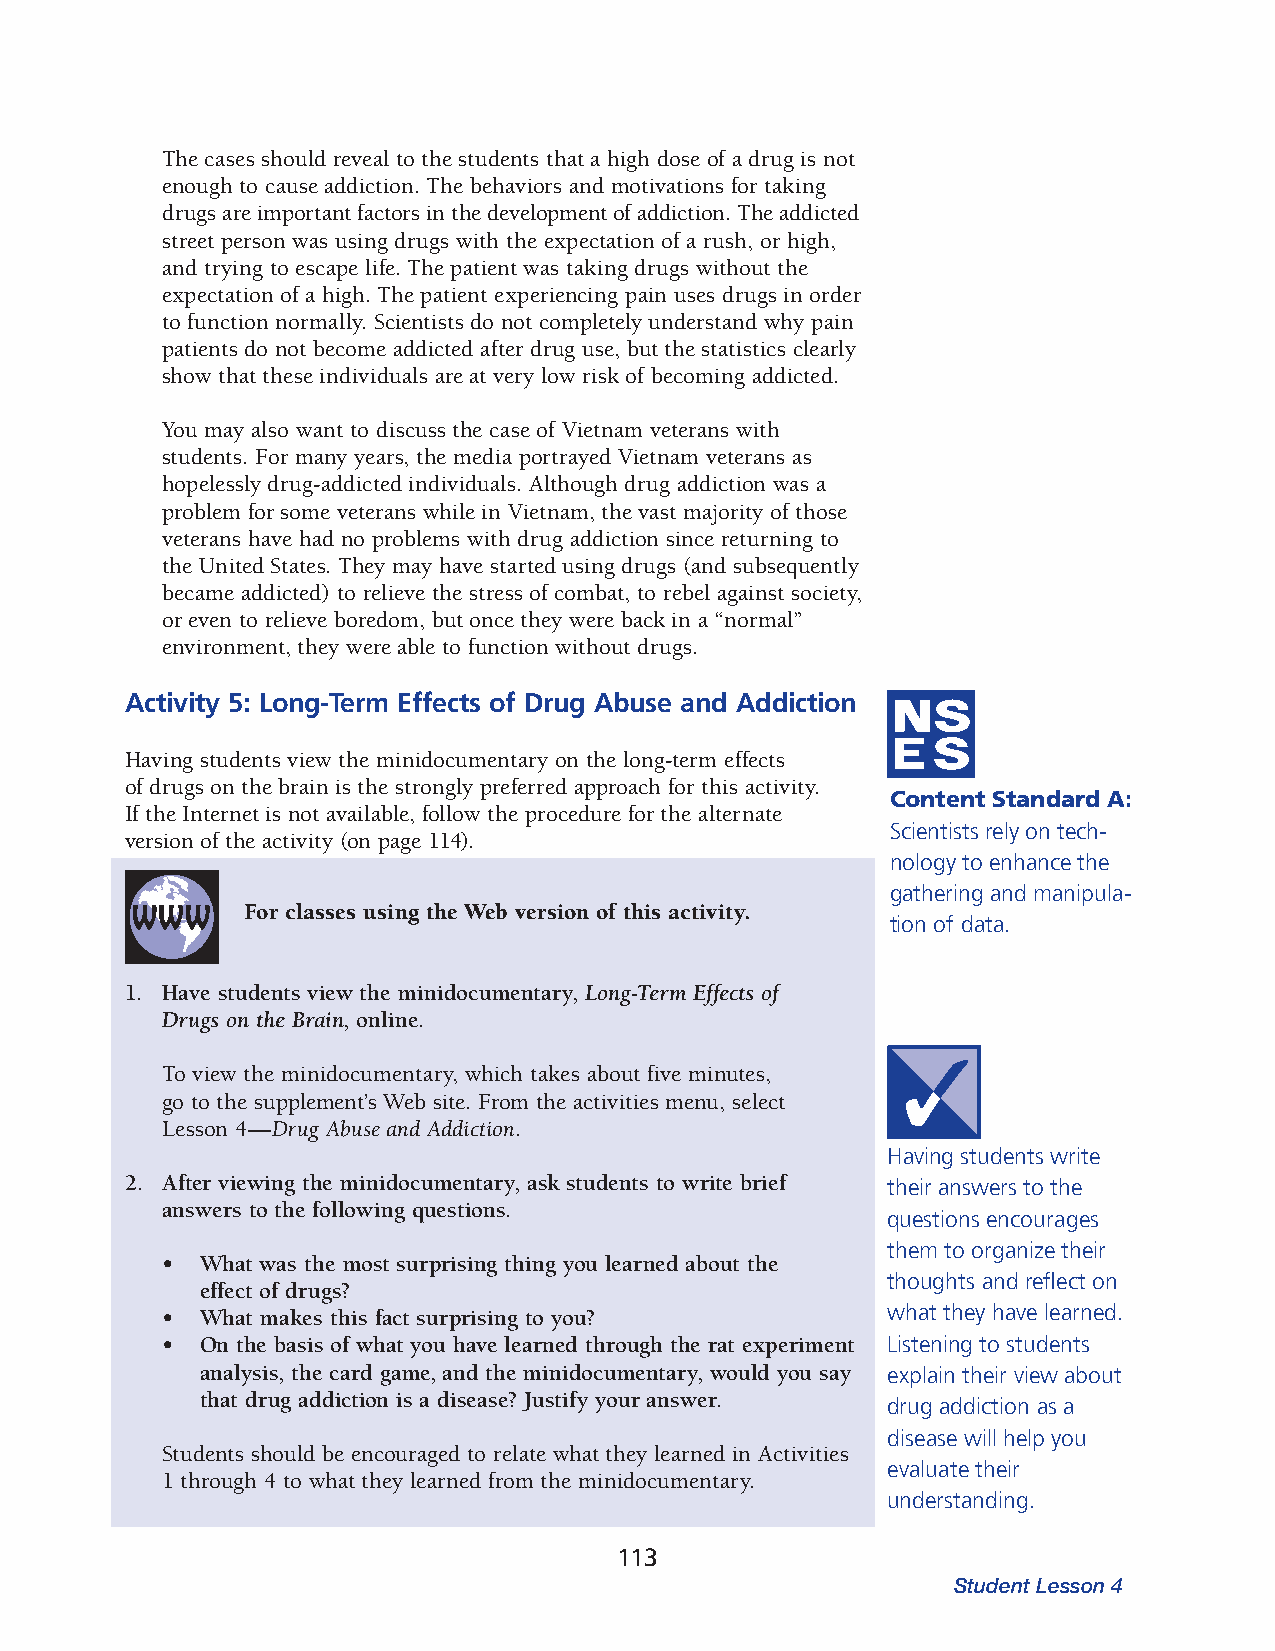
The cases should reveal to the students that a high dose of a drug is not
 enough to cause addiction. The behaviors and motivations for taking
 drugs are important factors in the development of addiction. The addicted
 street person was using drugs with the expectation of a rush, or high,
 and trying to escape life. The patient was taking drugs without the
 expectation of a high. The patient experiencing pain uses drugs in order
 to function normally. Scie ntists do not completely understand why pain
 patients do not become addicted after drug use, but the statistics clearly
 show that these individua ls are at very low risk of becoming addicted.
 You may also want to discuss the case of Vietnam veterans with
 students. For many years, the media portrayed Vietnam veterans as
 hopelessly drug-addicted individuals. Although drug addiction was a
 problem for some veterans while in Vietnam, the vast majority of those
 veterans have had no problems with drug addiction since returning to
 the United States. They may have started using drugs (and subsequently
 became addicted) to relieve the stress of combat, to rebel against society,
 or even to relieve boredom, but once they were back in a “normal”
 environment, they were able to function without drugs.
 Activity 5: Long-Term Effects of Drug Abuse and Addiction
 Having students view the minidocumentary on the long-term effects
 of drugs on the brain is the strongly preferred approach for this activity.
 Content Standard A:
 If the Internet is not available, follow the procedure for the alternate
 Scientists rely on tech­
 version of the activity (on page 114).
 nology to enhance the
 gathering and manipula­
 For classes using the Web version of this activity.
 tion of data.
 1. Have students view the minidocumentary, Long­Term Effects of
 Drugs on the Brain, online.
 To view the minidocumentary, which takes about five minutes,
 go to the supplement’s Web site. From the activities menu, select
 Lesson 4—Drug Abuse and Addiction.
 Having students write
 2. After viewing the minidocumentary, ask students to write brief their answers to the
 answers to the following questions.
 questions encourages
 them to organize their
 • What was the most surprising thing you learned about the
 thoughts and reflect on
 effect of drugs?
 • What makes this fact surprising to you?       what they have learned.
 • On the basis of what you have learned through the rat experiment Listening to students
 analysis, the card game, and the minidocumentary, would you say explain their view about
 that drug addiction is a disease? Justify your answer.
 drug addiction as a
 disease will help you
 Students should be encouraged to relate what they learned in Activities
 evaluate their
 1 through 4 to what they learned from the minidocumentary.
 understanding.
 113
 Student Lesson 4